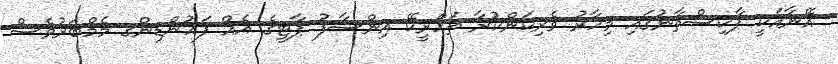
އޭނާއަކީ ޕާކިސްތާނުގައި މިހާރު ވެރިކަންކުރާ ތަހްރީކޭ އިންސާފު ޕާޓީގެ އެއް ފައުންޑިންގ މެމްބަރުވެސް